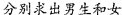
分别求出男生和女